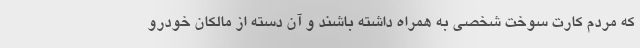
که مردم کارت سوخت شخصی به همراه داشته باشند و آن دسته از مالکان خودرو